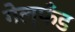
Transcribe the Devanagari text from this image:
गेल्फँड